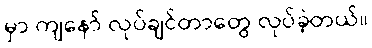
မှာ ကျနော် လုပ်ချင်တာတွေ လုပ်ခဲ့တယ်။